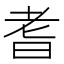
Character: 耆